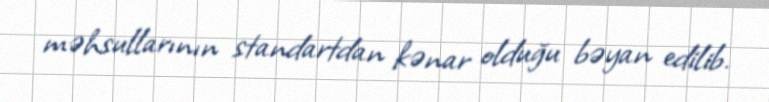
məhsullarının standartdan kənar olduğu bəyan edilib.